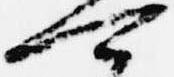
可